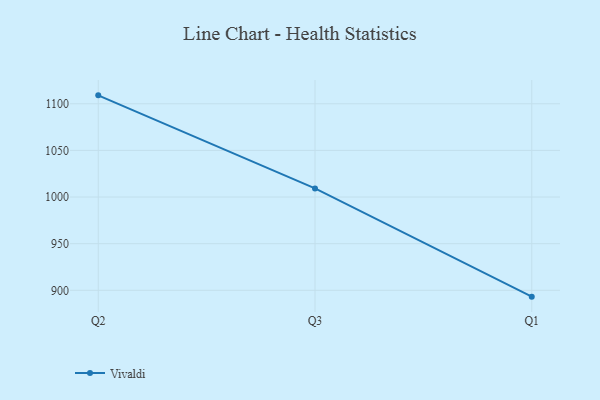
{"axis": {"x": "Quarter", "y": "Satisfaction Score"}, "legend": ["Vivaldi"], "data": [{"x": "Q2", "y": 1109.0, "type": "Vivaldi"}, {"x": "Q3", "y": 1009.2, "type": "Vivaldi"}, {"x": "Q1", "y": 893.2, "type": "Vivaldi"}]}